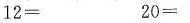
$$12 =$$ $$20 =$$